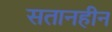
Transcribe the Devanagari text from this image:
सतानहीन